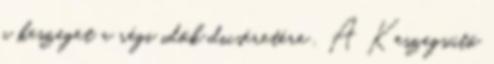
a keszeget a régi idők dicséretére . A Keszegsütő